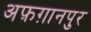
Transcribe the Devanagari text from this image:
अफ़ग़ानपुर